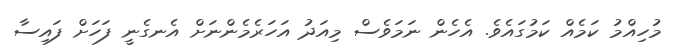
މުހިއްމު ކަމެއް ކަމުގައެވެ. އެހެން ނަމަވެސް މިއަދު އަހަރެމެންނަށް އެނގެނީ ފަހަށް ފައިސާ